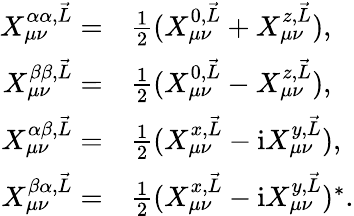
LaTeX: \begin{array}{rl}{X_{\mu\nu}^{\alpha\alpha,\vec{L}}=}&{\frac{1}{2}(X_{\mu\nu}^{0,\vec{L}}+X_{\mu\nu}^{z,\vec{L}}),}\\ {X_{\mu\nu}^{\beta\beta,\vec{L}}=}&{\frac{1}{2}(X_{\mu\nu}^{0,\vec{L}}-X_{\mu\nu}^{z,\vec{L}}),}\\ {X_{\mu\nu}^{\alpha\beta,\vec{L}}=}&{\frac{1}{2}(X_{\mu\nu}^{x,\vec{L}}-\mathrm{i}X_{\mu\nu}^{y,\vec{L}}),}\\ {X_{\mu\nu}^{\beta\alpha,\vec{L}}=}&{\frac{1}{2}(X_{\mu\nu}^{x,\vec{L}}-\mathrm{i}X_{\mu\nu}^{y,\vec{L}})^{*}.}\end{array}